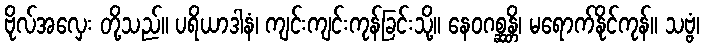
ဗိုလ်အလှေး တို့သည်။ ပရိယာဒါနံ၊ ကျင်းကျင်းကုန်ခြင်းသို့။ နေဝဂစ္ဆန္တိ၊ မရောက်နိုင်ကုန်။ သဗ္ဗံ၊